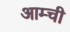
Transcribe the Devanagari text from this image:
आम्ची